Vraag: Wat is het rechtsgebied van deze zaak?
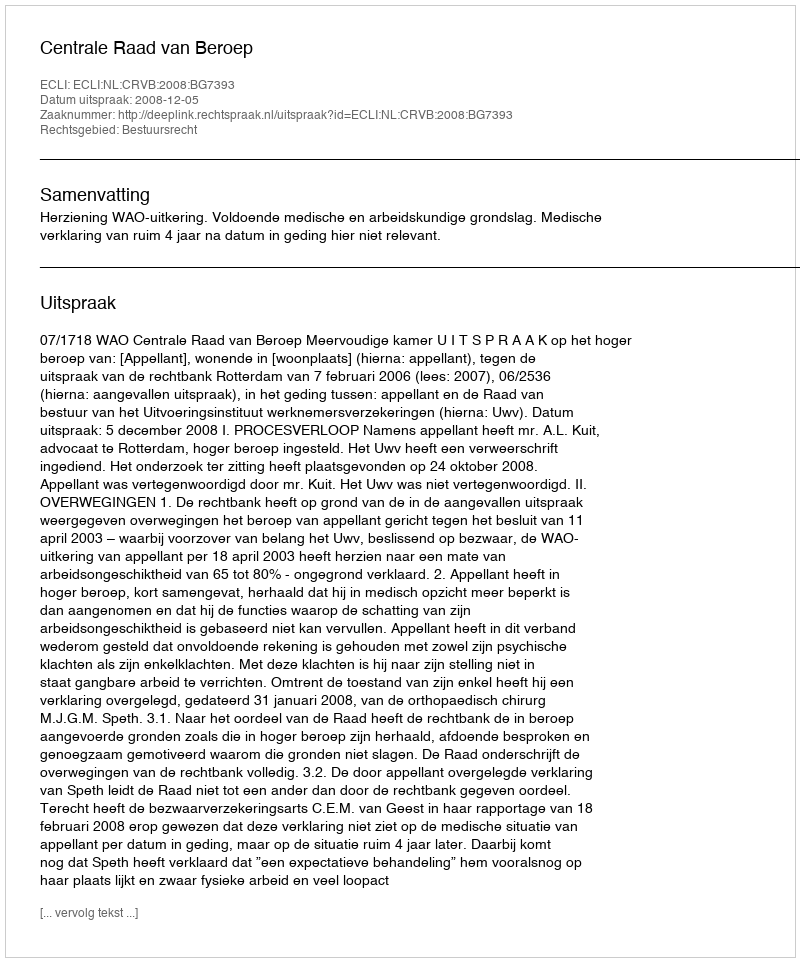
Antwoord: Bestuursrecht